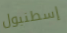
إسطنبول